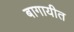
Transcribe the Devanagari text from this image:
बागायीत